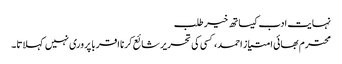
نہایت ادب کیساتھ خیر طلب
محترم بھائی امتیاز احمد، کسی کی تحریر شائع کرنا اقربا پروری نہیں کہلاتا۔